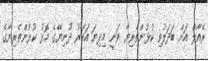
ރެއާލް އަށް ބަދަލުވި ކުޅުންތެރިޔާ ވަނީ މިދިޔަ އަހަރު ދުނިޔޭގެ މޮޅު ކުޅުންތެރިޔާގެ